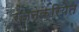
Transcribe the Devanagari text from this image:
रंजनक्रियेत